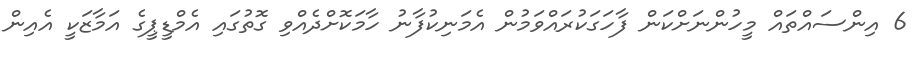
6 އިންސައްތަައް މީހުންނަށްކަން ފާހަގަކުރައްވަމުން އެމަނިކުފާނު ހާމަކޮށްދެއްވި ގޮތުގައި އެމްޑީޕީގެ އަމާޒަކީ އެއިން